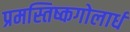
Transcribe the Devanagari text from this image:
प्रमस्तिष्कगोलार्ध